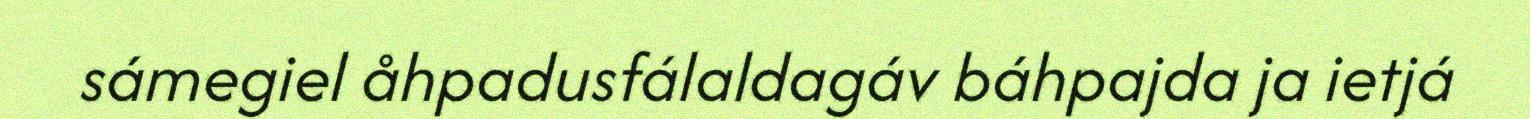
sámegiel åhpadusfálaldagáv báhpajda ja ietjá